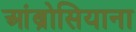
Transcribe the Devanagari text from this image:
आंब्रोसियाना